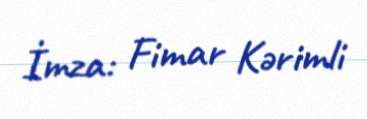
İmza: Fimar Kərimli